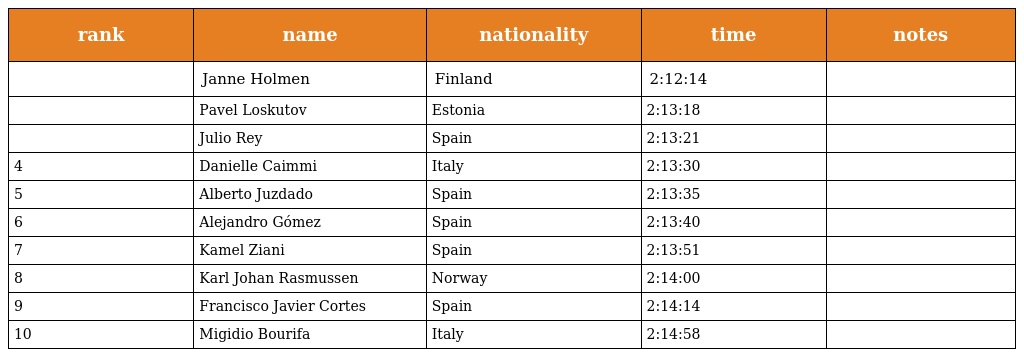
| rank | name | nationality | time | notes |
 | --- | --- | --- | --- | --- |
 |  | Janne Holmen | Finland | 2:12:14 |  |
 |  | Pavel Loskutov | Estonia | 2:13:18 |  |
 |  | Julio Rey | Spain | 2:13:21 |  |
 | 4 | Danielle Caimmi | Italy | 2:13:30 |  |
 | 5 | Alberto Juzdado | Spain | 2:13:35 |  |
 | 6 | Alejandro Gómez | Spain | 2:13:40 |  |
 | 7 | Kamel Ziani | Spain | 2:13:51 |  |
 | 8 | Karl Johan Rasmussen | Norway | 2:14:00 |  |
 | 9 | Francisco Javier Cortes | Spain | 2:14:14 |  |
 | 10 | Migidio Bourifa | Italy | 2:14:58 |  |